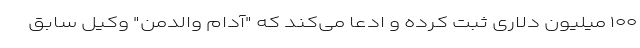
۱۰۰ میلیون دلاری ثبت کرده و ادعا می‌کند که "آدام والدمن" وکیل سابق